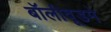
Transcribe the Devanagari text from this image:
बॉलीवूडमे